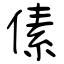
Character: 傃